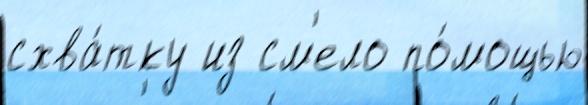
схва́тку из см'ело по́мощью